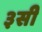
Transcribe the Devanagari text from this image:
३सी